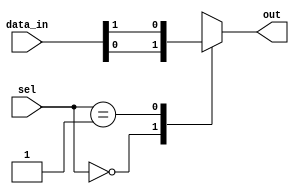
module mux_64_to_1 (
    input [63:0] data_in,
    input [5:0] sel, 
    output reg out
);

always @(*)
begin
    case(sel)
        6'b000000: out = data_in[0];
        6'b000001: out = data_in[1];
        // continue for all 64 cases
        // 6'b111111: out = data_in[63];
        default: out = 1'bx; // default output
    endcase
end

endmodule